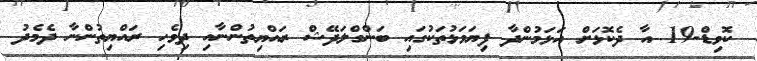
ކޮވިޑް-19 އާ ދެކޮޅަށް އަޅަމުންދާ ފިޔަވަޅުތަކުގައި ބަންގްލަދޭޝް ރައްޔިތުންނާއި ދިވެހި ރައްޔިތުންނާ ދެމެދު